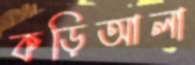
কড়িআলা